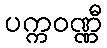
ပက္ကဝဏ္ဏီ